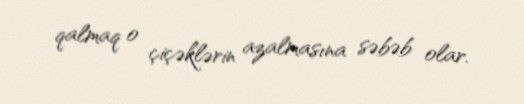
qalmaq o çiçəklərin azalmasına səbəb olar.